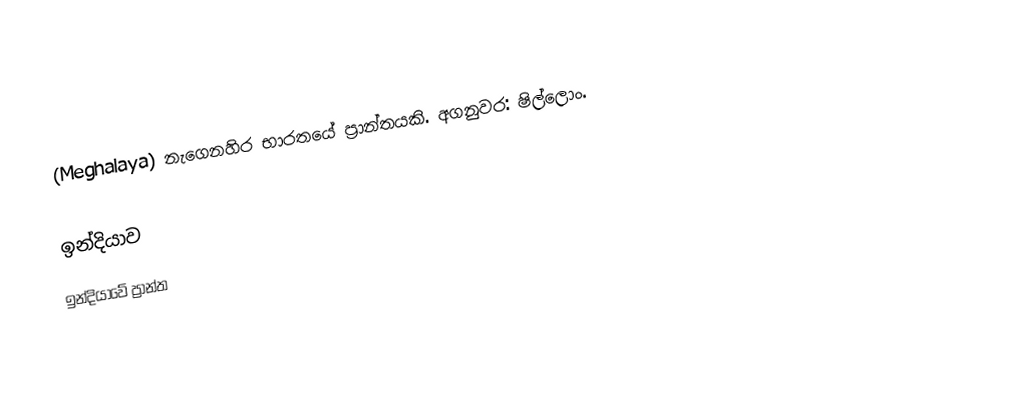
(Meghalaya) නැගෙනහිර භාරතයේ ප්‍රාන්තයකි. අගනුවර: ෂිල්‍‍ලොං.

ඉන්දියාව
ඉන්දියාවේ ප්‍රාන්ත